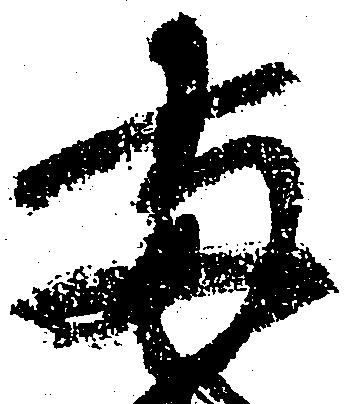
両